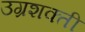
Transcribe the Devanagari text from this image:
उग्रशक्ती